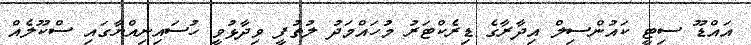
އައްޑޫ ސިޓީ ކައުންސިލް އިދާރާގެ ޑިރެކްޓަރު މުހައްމަދު ލުތުފީ ވިދާޅުވީ ހުސައިނިއްޔާގައި ސްކޫލެއް